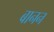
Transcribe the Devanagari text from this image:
बानन